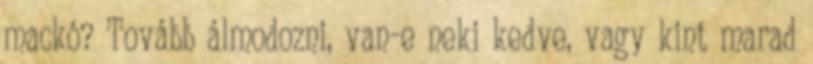
mackó? Tovább álmodozni, van-e neki kedve, vagy kint marad